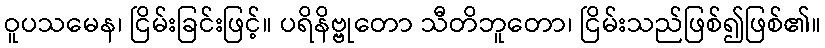
ဝူပသမေန၊ ငြိမ်းခြင်းဖြင့်။ ပရိနိဗ္ဗုတော သီတိဘူတော၊ ငြိမ်းသည်ဖြစ်၍ဖြစ်၏။